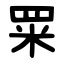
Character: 䍘